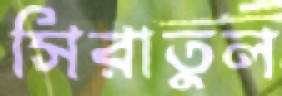
সিরাতুল